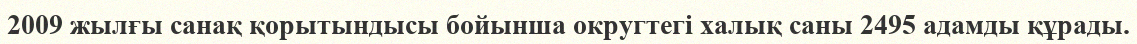
2009 жылғы санақ қорытындысы бойынша округтегі халық саны 2495 адамды құрады.